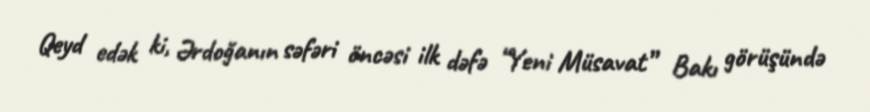
Qeyd edək ki, Ərdoğanın səfəri öncəsi ilk dəfə “Yeni Müsavat” Bakı görüşündə